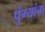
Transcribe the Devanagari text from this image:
पुंग्यांचा